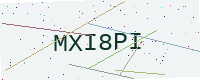
Text: MXI8PI